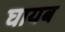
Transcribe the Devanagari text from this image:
घायब